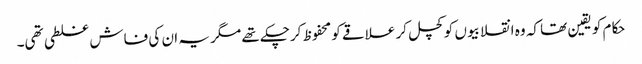
حکام کو یقین تھا کہ وہ انقلابیوں کو کچل کر علاقے کو محفوظ کرچکے تھے مگر یہ ان کی فاش غلطی تھی۔